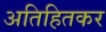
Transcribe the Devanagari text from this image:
अतिहितकर